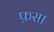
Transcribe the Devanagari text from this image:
फ़सा